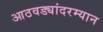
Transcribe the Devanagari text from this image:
आठवड्यांदरम्यान